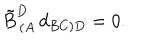
\tilde { B } _ { \, ( A } ^ { D } \, d _ { B C ) D } = 0 .